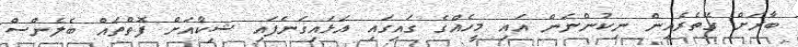
ބާރަށް ގޭތެރެއިން ނިކުންނަން އައި މީހެއްގެ ގައިގައި އަޅައިގަނެފައި ޝިކާއަށް ފޮތްތައް ބެލެންސް